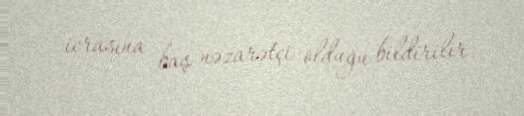
icrasına baş nəzarətçi olduğu bildirilir.